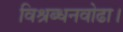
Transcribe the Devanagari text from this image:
विश्रब्धनवोढा।